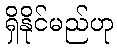
ရှိနိုင်မည်ဟု